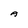
Character: A